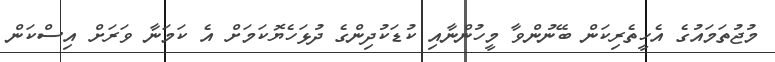
މުޖުތަމައުގެ އެހީތެރިކަން ބޭނުންވާ މީހުންނާއި ކުޑަކުދިންގެ ދުޅަހެޔޮކަމަށް އެ ކަމަނާ ވަރަށް އިސްކަން